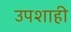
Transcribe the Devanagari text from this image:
उपशाही